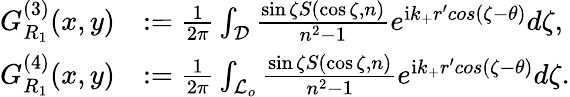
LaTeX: \begin{array}{rl}{G_{R_{1}}^{(3)}(x,y)}&{:=\frac{1}{2\pi}\int_{\mathcal{D}}\frac{\sin\zeta S(\cos\zeta,n)}{n^{2}-1}e^{\textrm{i}k_{+}r^{\prime}cos(\zeta-\theta)}d\zeta,}\\ {G_{R_{1}}^{(4)}(x,y)}&{:=\frac{1}{2\pi}\int_{\mathcal{L}_{o}}\frac{\sin\zeta S(\cos\zeta,n)}{n^{2}-1}e^{\textrm{i}k_{+}r^{\prime}cos(\zeta-\theta)}d\zeta.}\end{array}